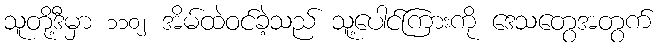
သူတို့ဒီမှာ ၁၁၀၂ အိမ်ထဲဝင်ခဲ့သည် သူ့ပေါင်ကြားကို ဒေသတွေအတွက်